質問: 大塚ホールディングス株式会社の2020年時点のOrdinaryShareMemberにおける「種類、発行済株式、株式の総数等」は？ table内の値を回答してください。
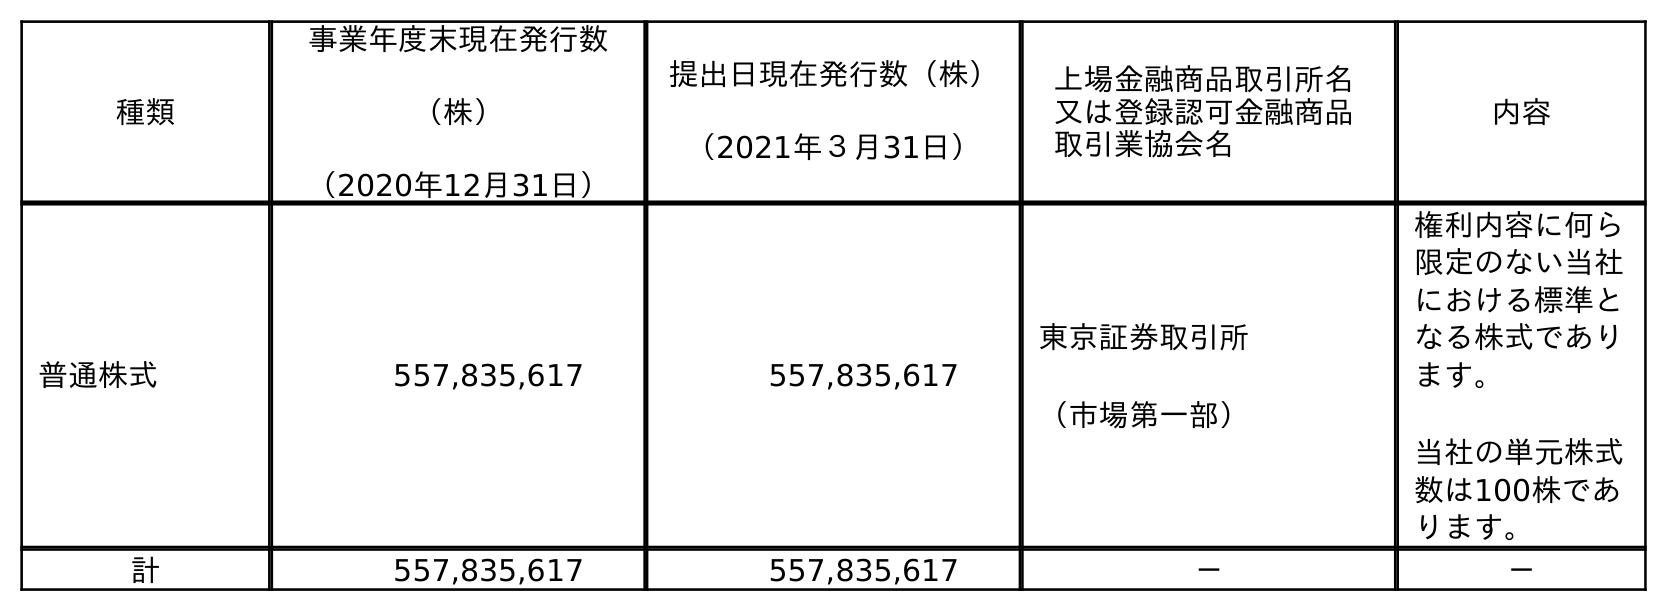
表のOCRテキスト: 種類 事業年度末現在発行数 （株） （2020年12月31日） 提出日現在発行数（株） （2021年３月31日） 上場金融商品取引所名 又は登録認可金融商品 取引業協会名 内容 普通株式 557,835,617 557,835,617 東京証券取引所 （市場第一部） 権利内容に何ら 限定のない当社 における標準と なる株式であり ます。 当社の単元株式 数は100株であ ります。 計 557,835,617 557,835,617 － －
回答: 普通株式